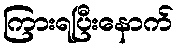
ကြားရပြီးနောက်